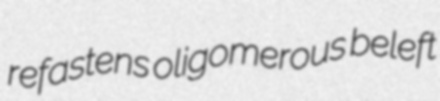
refastens oligomerous beleft